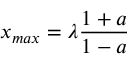
x _ { m a x } = \lambda \frac { 1 + a } { 1 - a }